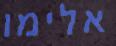
אלימו